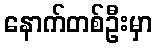
နောက်တစ်ဦးမှာ